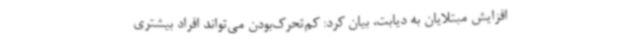
افزایش مبتلایان به دیابت، بیان کرد: کم‌تحرک‌بودن می‌تواند افراد بیشتری